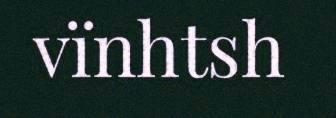
vïnhtsh